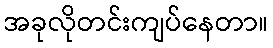
အခုလိုတင်းကျပ်နေတာ။